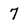
Character: 7